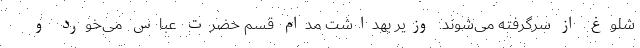
شلوغ از سرگرفته می‌شوند. وزیر بهداشت مدام قسم حضرت عباس می‌خورد و